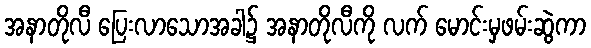
အနာတိုလီ ပြေးလာသောအခါ၌ အနာတိုလီကို လက် မောင်းမှဖမ်းဆွဲကာ